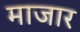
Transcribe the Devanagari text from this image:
माजार